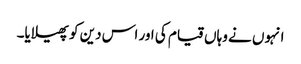
انہوں نے وہاں قیام کی اور اس دین کو پھیلایا۔